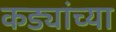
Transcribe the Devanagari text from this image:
कड्यांच्या